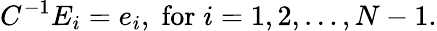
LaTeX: C^{-1}E_{i}=e_{i},\; \mathrm{for}\; i=1,2,\ldots,N-1.